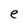
Character: e